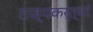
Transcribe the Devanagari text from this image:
राज्यकर्त्यां